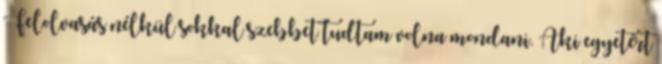
Felolvasás nélkül sokkal szebbet tudtam volna mondani. Aki egyetért